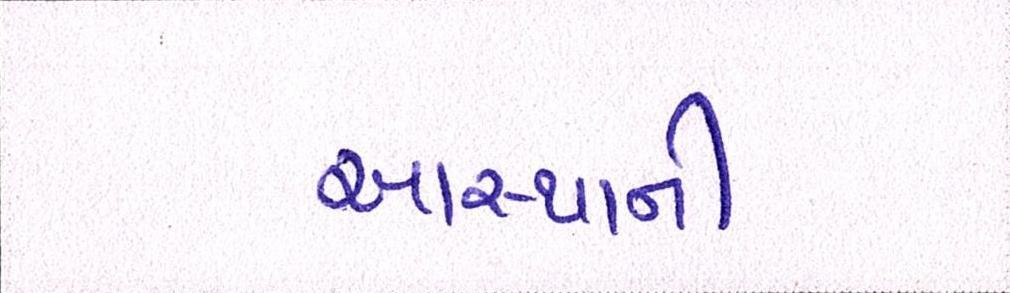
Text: આસ્થાની